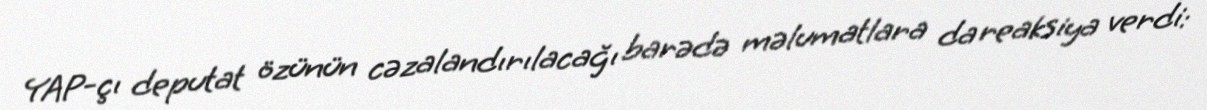
YAP-çı deputat özünün cəzalandırılacağı barədə məlumatlara da reaksiya verdi: